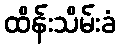
ထိန်းသိမ်းခံ